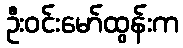
ဦးဝင်းမော်ထွန်းက